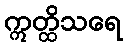
ဣတ္ထိသရေ